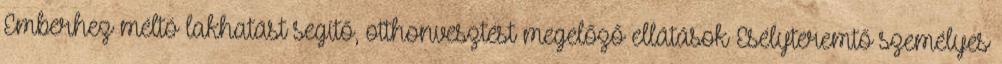
Emberhez méltó lakhatást segítő, otthonvesztést megelőző ellátások Esélyteremtő személyes